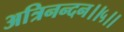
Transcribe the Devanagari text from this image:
अत्रिनन्‍दन।।५।।